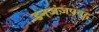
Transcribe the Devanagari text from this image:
डनजंजपवद